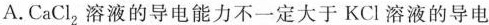
A.CaCl_{2}溶液的导电能力不一定大于KCl溶液的导电